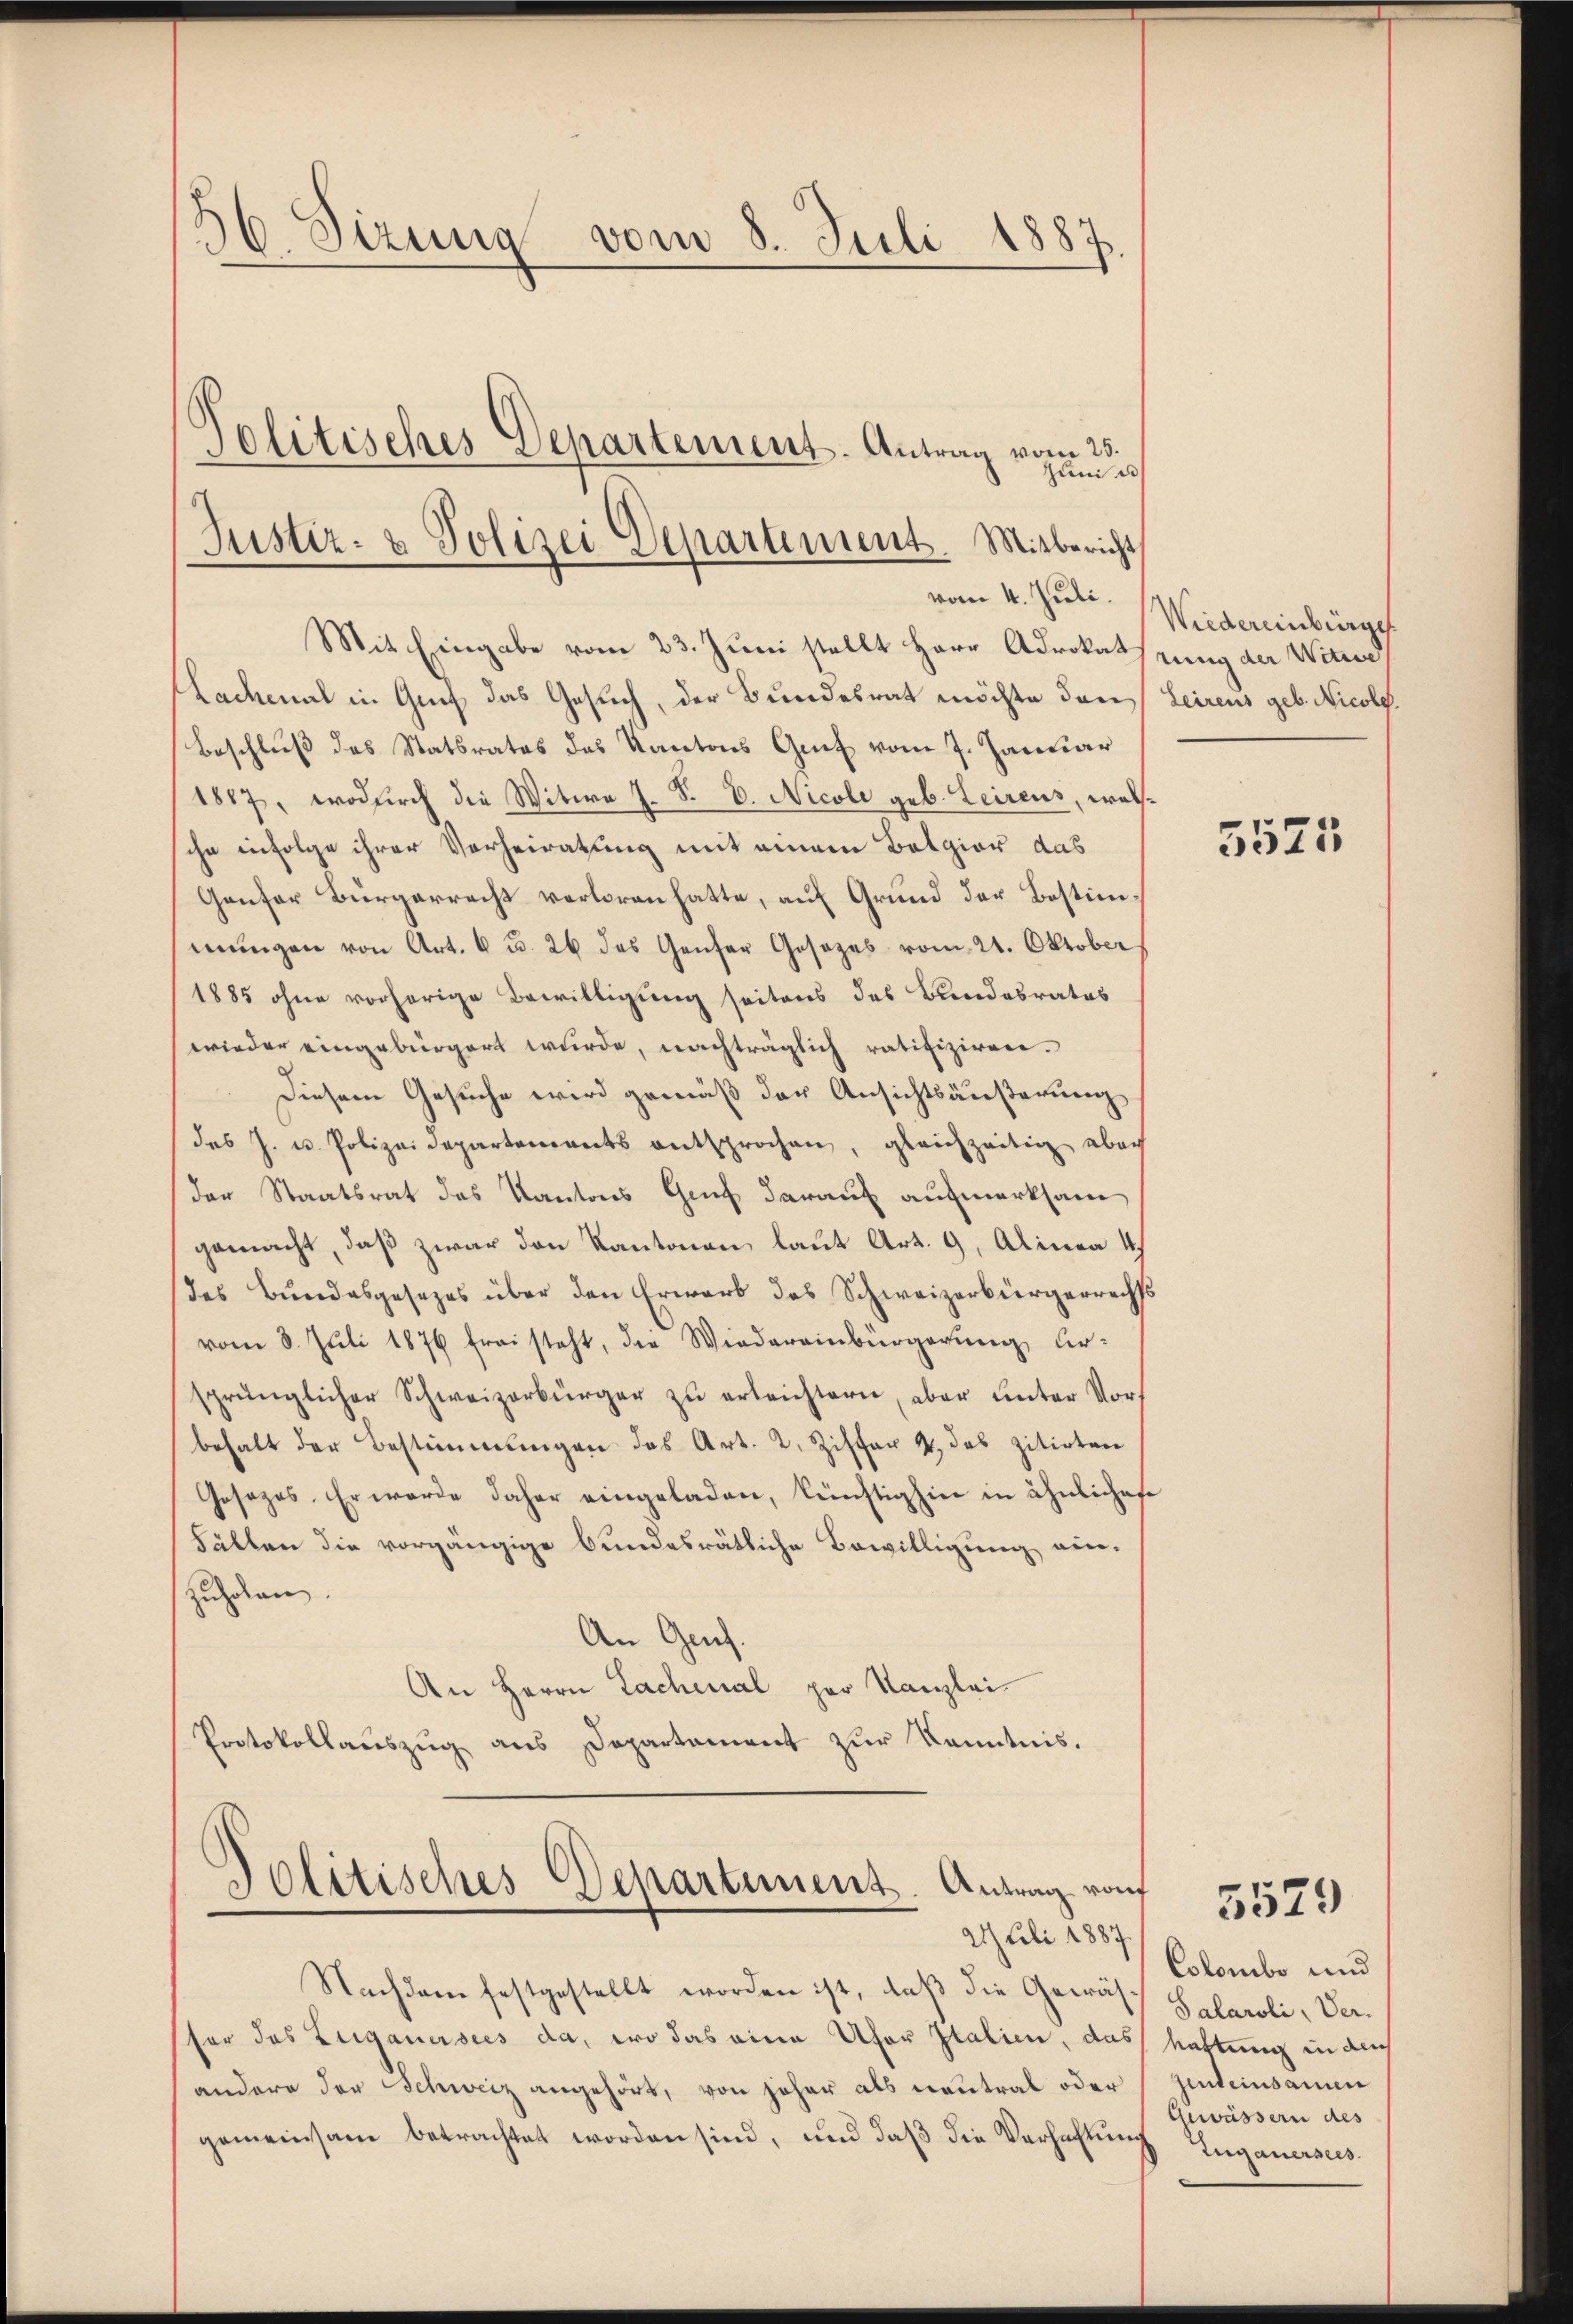
36. Sizung vom 8. Juli 1887.
Politisches Separtement. Antrag vom 25.
Juni u

Justiz- & Polizei Departement. Mitbericht
vom 4. Juli.
Mit Eingabe vom 23. Juni stellt Herr Advokatzung der Wirren

Hadmal in Genf das Gesuch, der Bundesrat möchte den Leireis geb. Nicolo.
Beschluß des Statsrates das Kantons Gut vom 7. Januar
1887, wodurch die Witwe J. F. V. Nicoli geb. Leirens, welsche infolge ihrer Verheiratung mit einem Belgior das
Gentor Bürgerrecht verloren hatte, auf Grund der Bestimmmungen von Art. 6 u. 26 des Genfer Gesezes vom 21. Oktober
1885 ohne vorherige Bewilligung seitens des Bundesrates
wieder eingebürgert wurde, nachträglich ratifiziren.
Diesem Gesuche wird gemäß der Ansichtsäußerung
des J. u. Polizeidepartements entsprochen, gleichzeitig aber
der Staatsrat des Kantons Genf darauf aufmerksam
gemacht, daß zwar den Kantonen laut Art. 9, Alinea 4
des Bundesgesezes über den Erwarb des Schweizerbürgerrechts
vom 8. Juli 1876 frei steht, der Wiedereinbürgerung ur-
sprünglicher Schweizerbürger zŭ erleichtern, aber unter Vor-
behalt der Bestimmungen das Art. 2. Ziffer u. das zitirten
Gesezes. Er werde daher eingeladen, künftighin in ähnlichese
Fällen die vorgängige bundesrätliche Bewilligung ein-
zuholen.
An Genf.
An Herrn Lachenal par Kanzlei.
Protokollaŭszŭg ans Departament zŭr Kenntnis.

Jolitisches Departement. Antrag rauf
2 Juli 1887.

Nachdem festgestellt worden ist, daß die Gewäs¬

fer das Zuganersees da, wo das eine Ufer Italien, das hattung in auch
andere der Schweiz angehört, von jeher als neutral oder
gemeinsam betrachtet worden sind, und daß die Verhaltung

Wiedereinbürge

5525

5529

Colombo und
Salaroli, Ver-
zenteinsamen
Gewässern des
Eugauersees